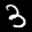
Label: 3